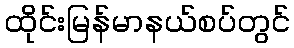
ထိုင်းမြန်မာနယ်စပ်တွင်